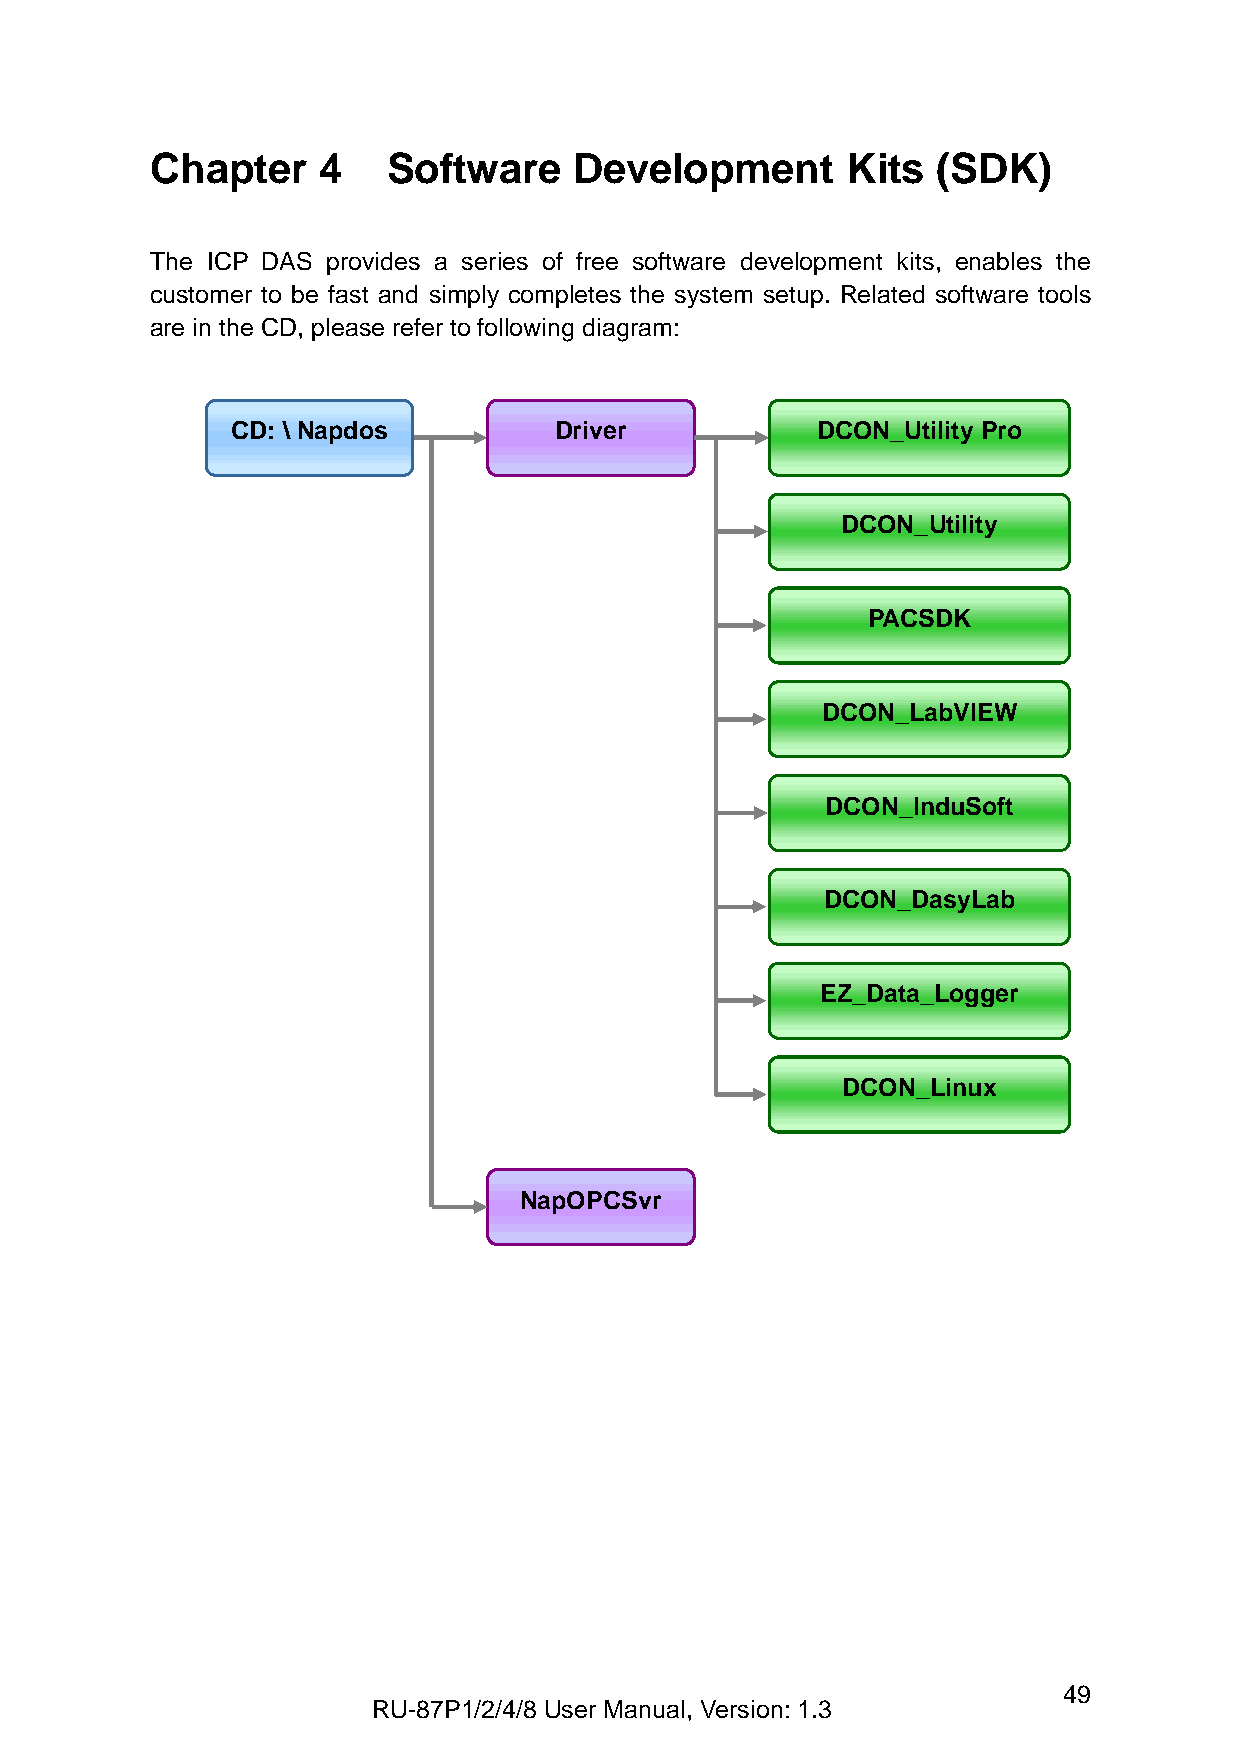
Chapter    4    Software    Development       Kits  (SDK)
 The ICP DAS provides a series of free software development kits, enables the
 customer to be fast and simply completes the system setup. Related software tools
 are in the CD, please refer to following diagram:
 CD: \ Napdos          Driver           DCON_Utility Pro
 DCON_Utility
 PACSDK
 DCON_LabVIEW
 DCON_InduSoft
 DCON_DasyLab
 EZ_Data_Logger
 DCON_Linux
 NapOPCSvr
 49
 RU-87P1/2/4/8 User Manual, Version: 1.3